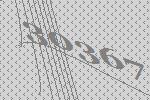
30367